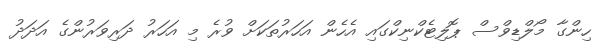
ހިންގާ މޯލްޑިވްސް ޕޮލިޓެކްނިކްގައި އެހެން އަހަރުތަކަށް ވުރެ މި އަހަރު ދަރިވަރުންގެ އަދަދު